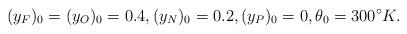
LaTeX: \begin{align*} (y_F)_0=(y_O)_0=0.4,(y_N)_0=0.2,(y_P)_0=0,\theta_0=300^\circ K.\end{align*}